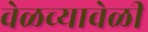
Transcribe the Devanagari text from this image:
वेळच्यावेळी